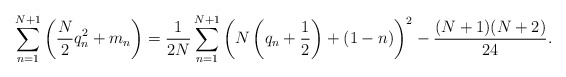
\begin{align*}\sum_{n=1}^{N+1} \left( \frac{N}{2}q_n^2+m_n\right)=\frac{1}{2N}\sum_{n=1}^{N+1}\left( N\left(q_n+\frac{1}{2}\right)+(1-n)\right)^2 - \frac{(N+1)(N+2)}{24}.\end{align*}